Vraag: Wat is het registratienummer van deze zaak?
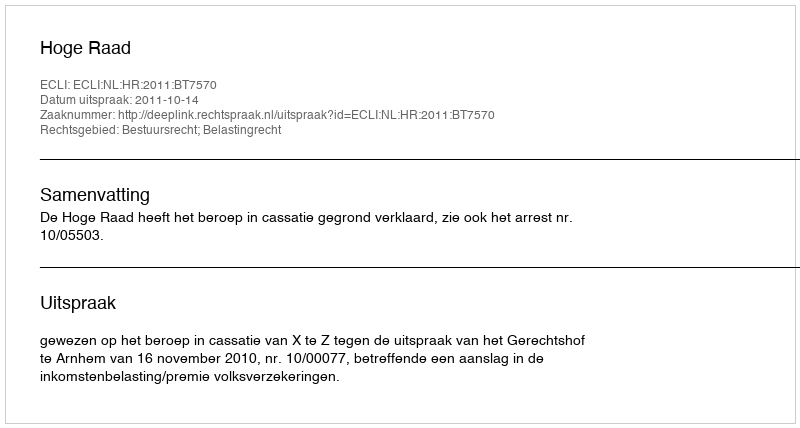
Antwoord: http://deeplink.rechtspraak.nl/uitspraak?id=ECLI:NL:HR:2011:BT7570